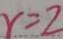
r = 2